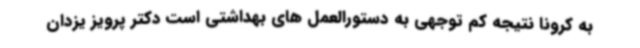
به کرونا نتیجه کم توجهی به دستورالعمل های بهداشتی است دکتر پرویز یزدان